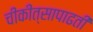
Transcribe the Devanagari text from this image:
चीकीत्सापाढती